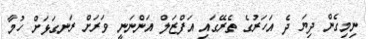
ނިމިގެން ދިޔަ ދެ އަހަރުގެ ތެރޭގައި އަފްޒަލް އަންނަނީ ވަރަށް ރަނގަޅަށް ހުމާ